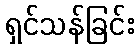
ရှင်သန်ခြင်း